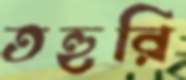
তহুরি